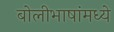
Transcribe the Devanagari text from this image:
बोलीभाषांमध्ये